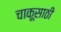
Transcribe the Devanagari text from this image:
चाकूसाठी